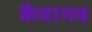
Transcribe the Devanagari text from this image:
कैवानव